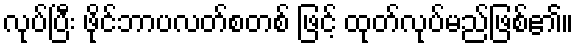
လုပ်ပြီး ဖိုင်ဘာပလတ်စတစ် ဖြင့် ထုတ်လုပ်မည်ဖြစ်၏။